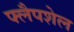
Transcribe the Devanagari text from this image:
फ्लैपशेल